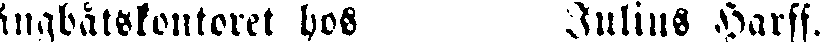
ängbåtskontoret hos Julius Harff.